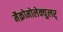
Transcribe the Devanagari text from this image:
मैक्रोमोलेक्युलर्